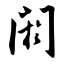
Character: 阏